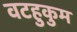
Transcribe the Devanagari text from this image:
वटहुकुम